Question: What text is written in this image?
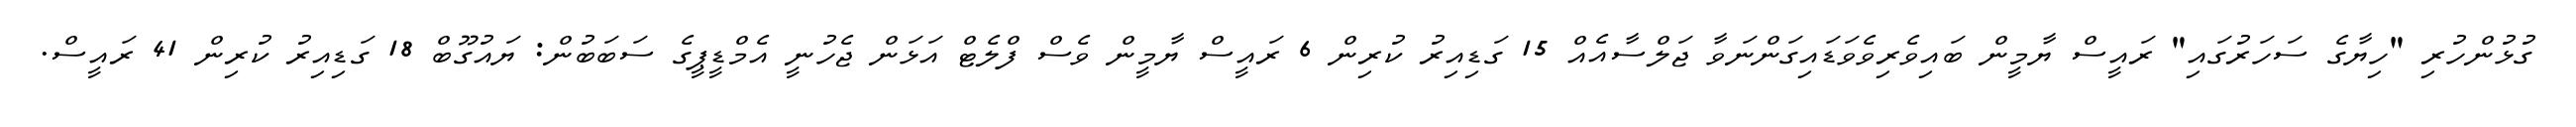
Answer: ގުޅުންހުރި "ހިޔާގެ ސަހަރުގައި" ރައީސް ޔާމީން ބައިވެރިވެވަޑައިގަންނަވާ ޖަލްސާއެއް 15 ގަޑިއިރު ކުރިން 6 ރައީސް ޔާމީން ވެސް ފްލެޓް އަޅަން ޖެހުނީ އެމްޑީޕީގެ ސަބަބުން: ޔައުގޫބް 18 ގަޑިއިރު ކުރިން 41 ރައީސް.